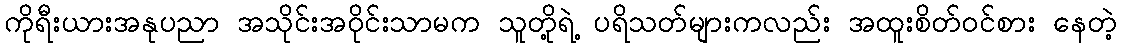
ကိုရီးယားအနုပညာ အသိုင်းအဝိုင်းသာမက သူတို့ရဲ့ ပရိသတ်များကလည်း အထူးစိတ်ဝင်စား နေတဲ့